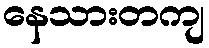
နေသားတကျ